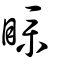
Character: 瞨